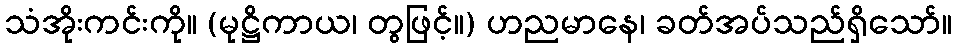
သံအိုးကင်းကို။ (မုဋ္ဌိကာယ၊ တွဖြင့်။) ဟညမာနေ၊ ခတ်အပ်သည်ရှိသော်။